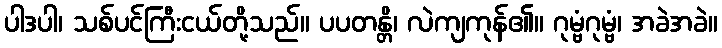
ပါဒပါ၊ သစ်ပင်ကြီးငယ်တို့သည်။ ပပတန္တိ၊ လဲကျကုန်၏။ ဂုမ္ဗံဂုမ္ဗံ၊ အခဲအခဲ။